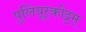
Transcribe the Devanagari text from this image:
पुलियूर्‌कोट्टम्